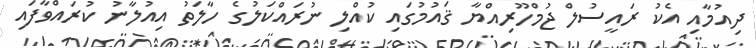
ދިއުމާއި އެކު ރައީސުލް ޖުމްހޫރިއްޔާ ޤައުމުގައި ކުއްލި ނުރައްކަލުގެ ހާލަތު އިއުލާނު ކުރައްވާފައި